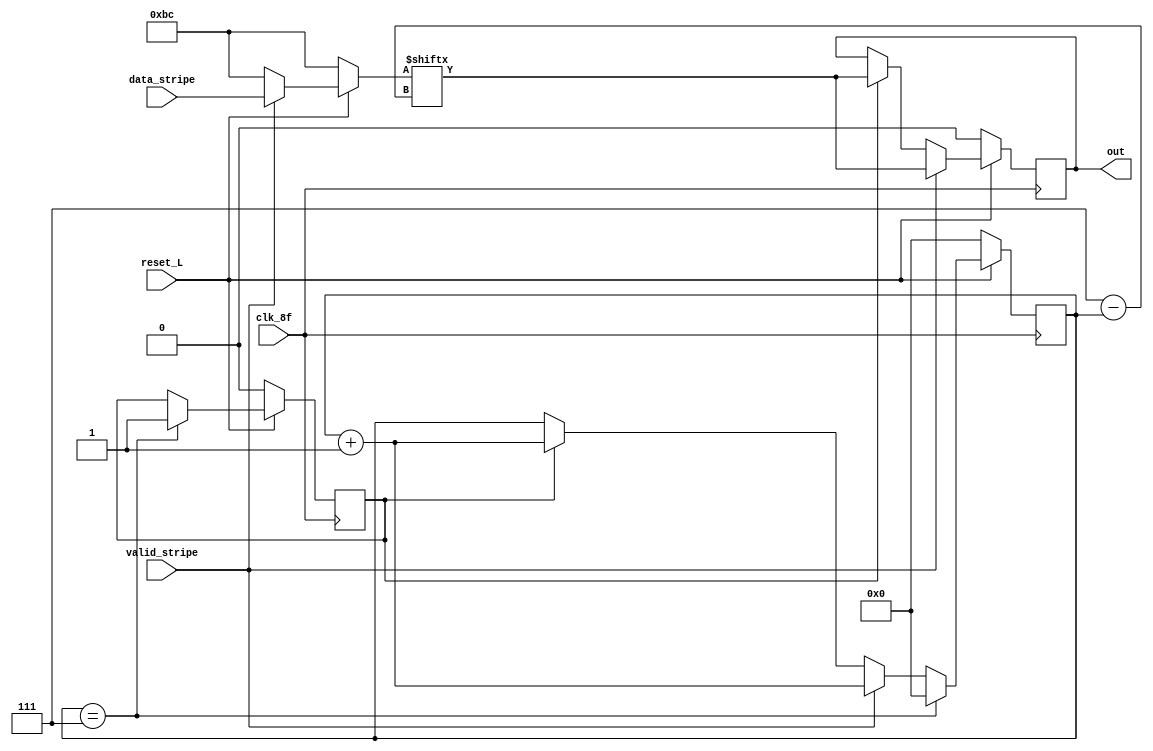
module partoserial(
    input [7:0]data_stripe,
    input valid_stripe,
    input reset_L,
    input clk_8f,
    output reg out);

reg [7:0]data2send;
reg [3:0]contador;
reg [7:0]data_temp;
reg flag;

always @(*)begin
    if(reset_L==0)begin
        data2send='hBC;
    end
    else begin
       if (valid_stripe==1)
            data2send=data_stripe;
        else
            data2send='hBC; 
    end
 
end


always @(posedge clk_8f)begin
    if(reset_L==0)begin
        out<='b0;
        contador<=0;
        flag<=0;
        data_temp<=0;
    end
    else begin
        data_temp<=data2send;//    
        if (valid_stripe==1)begin
            out<=data2send[7-contador];
            contador<=contador+1;
        end

        else begin
            if(flag==1)begin
            out<=data2send[7-contador];
            contador<=contador+1;    
            end
        end
        
        if(contador==7)begin
            flag<=1;
            contador<='b0;
        end
    end
end

endmodule